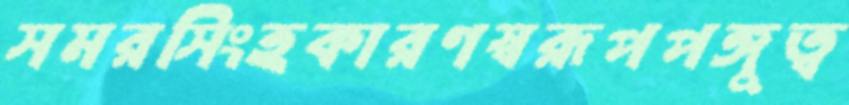
সমরসিংহকারণস্বরূপপঙ্গুত্ব